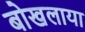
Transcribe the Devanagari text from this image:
बोखलाया